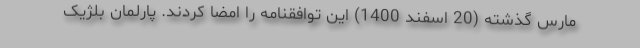
مارس گذشته (20 اسفند 1400) این توافقنامه را امضا کردند. پارلمان بلژیک